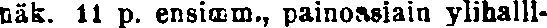
näk. 11 p. ensimm., painoasiain ylihalli-